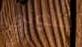
ينادوني